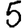
Digit: 5